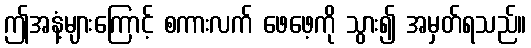
ဤအနံ့များကြောင့် စကားလက် ဖေဖေ့ကို သွား၍ အမှတ်ရသည်။